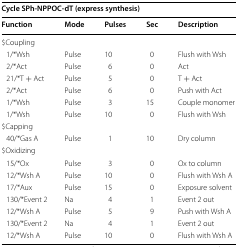
<table><thead><tr><td colspan="5"><b>Cycle SPh-NPPOC-dT (express synthesis)</b></td></tr><tr><td><b>Function</b></td><td><b>Mode</b></td><td><b>Pulses</b></td><td><b>Sec</b></td><td><b>Description</b></td></tr></thead><tbody><tr><td colspan="5">$Coupling</td></tr><tr><td> 1/*Wsh</td><td>Pulse</td><td>10</td><td>0</td><td>Flush with Wsh</td></tr><tr><td> 2/*Act</td><td>Pulse</td><td>6</td><td>0</td><td>Act</td></tr><tr><td> 21/*T + Act</td><td>Pulse</td><td>5</td><td>0</td><td>T + Act</td></tr><tr><td> 2/*Act</td><td>Pulse</td><td>6</td><td>0</td><td>Push with Act</td></tr><tr><td> 1/*Wsh</td><td>Pulse</td><td>3</td><td>15</td><td>Couple monomer</td></tr><tr><td> 1/*Wsh</td><td>Pulse</td><td>10</td><td>0</td><td>Flush with Wsh</td></tr><tr><td colspan="5">$Capping</td></tr><tr><td> 40/*Gas A</td><td>Pulse</td><td>1</td><td>10</td><td>Dry column</td></tr><tr><td colspan="5">$Oxidizing</td></tr><tr><td> 15/*Ox</td><td>Pulse</td><td>3</td><td>0</td><td>Ox to column</td></tr><tr><td> 12/*Wsh A</td><td>Pulse</td><td>10</td><td>0</td><td>Flush with Wsh A</td></tr><tr><td> 17/*Aux</td><td>Pulse</td><td>15</td><td>0</td><td>Exposure solvent</td></tr><tr><td> 130/*Event 2</td><td>Na</td><td>4</td><td>1</td><td>Event 2 out</td></tr><tr><td> 12/*Wsh A</td><td>Pulse</td><td>5</td><td>9</td><td>Push with Wsh A</td></tr><tr><td> 130/*Event 2</td><td>Na</td><td>4</td><td>1</td><td>Event 2 out</td></tr><tr><td> 12/*Wsh A</td><td>Pulse</td><td>10</td><td>0</td><td>Flush with Wsh A</td></tr></tbody></table>